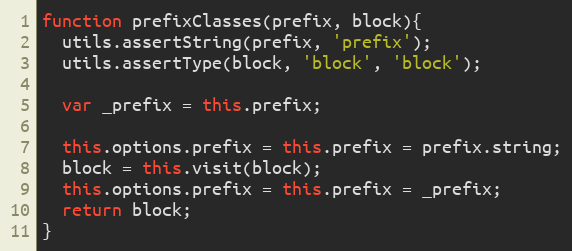
Language: JavaScript
function prefixClasses(prefix, block){
  utils.assertString(prefix, 'prefix');
  utils.assertType(block, 'block', 'block');

  var _prefix = this.prefix;

  this.options.prefix = this.prefix = prefix.string;
  block = this.visit(block);
  this.options.prefix = this.prefix = _prefix;
  return block;
}